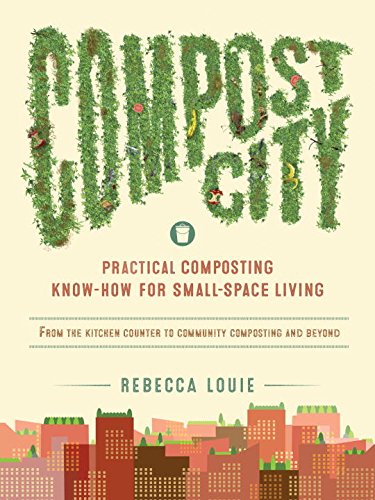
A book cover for Compost City: Practical Composting Know-How for Small-Space Living; Rebecca Louie; Crafts, Hobbies & Home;